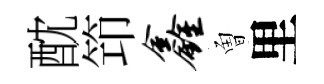
酖笻鑫曽里